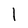
Character: 1